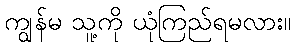
ကျွန်မ သူ့ကို ယုံကြည်ရမလား။